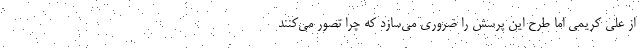
از علی کریمی اما طرح این پرسش را ضروری می‌سازد که چرا تصور می‌کنند